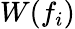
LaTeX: W(f_{i})